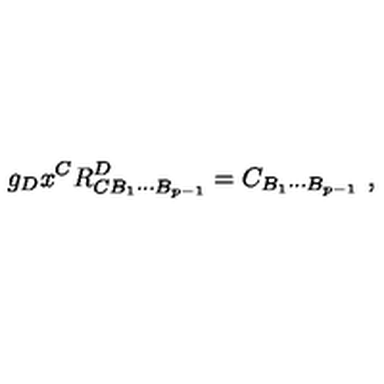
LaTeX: g _ { D } x ^ { C } R _ { C B _ { 1 } \cdots B _ { p - 1 } } ^ { D } = C _ { B _ { 1 } \cdots B _ { p - 1 } } \ ,